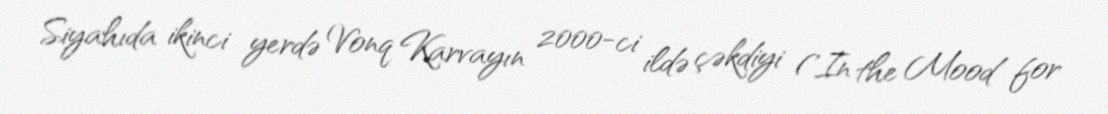
Siyahıda ikinci yerdə Vonq Karvayın 2000-ci ildə çəkdiyi ('In the Mood for